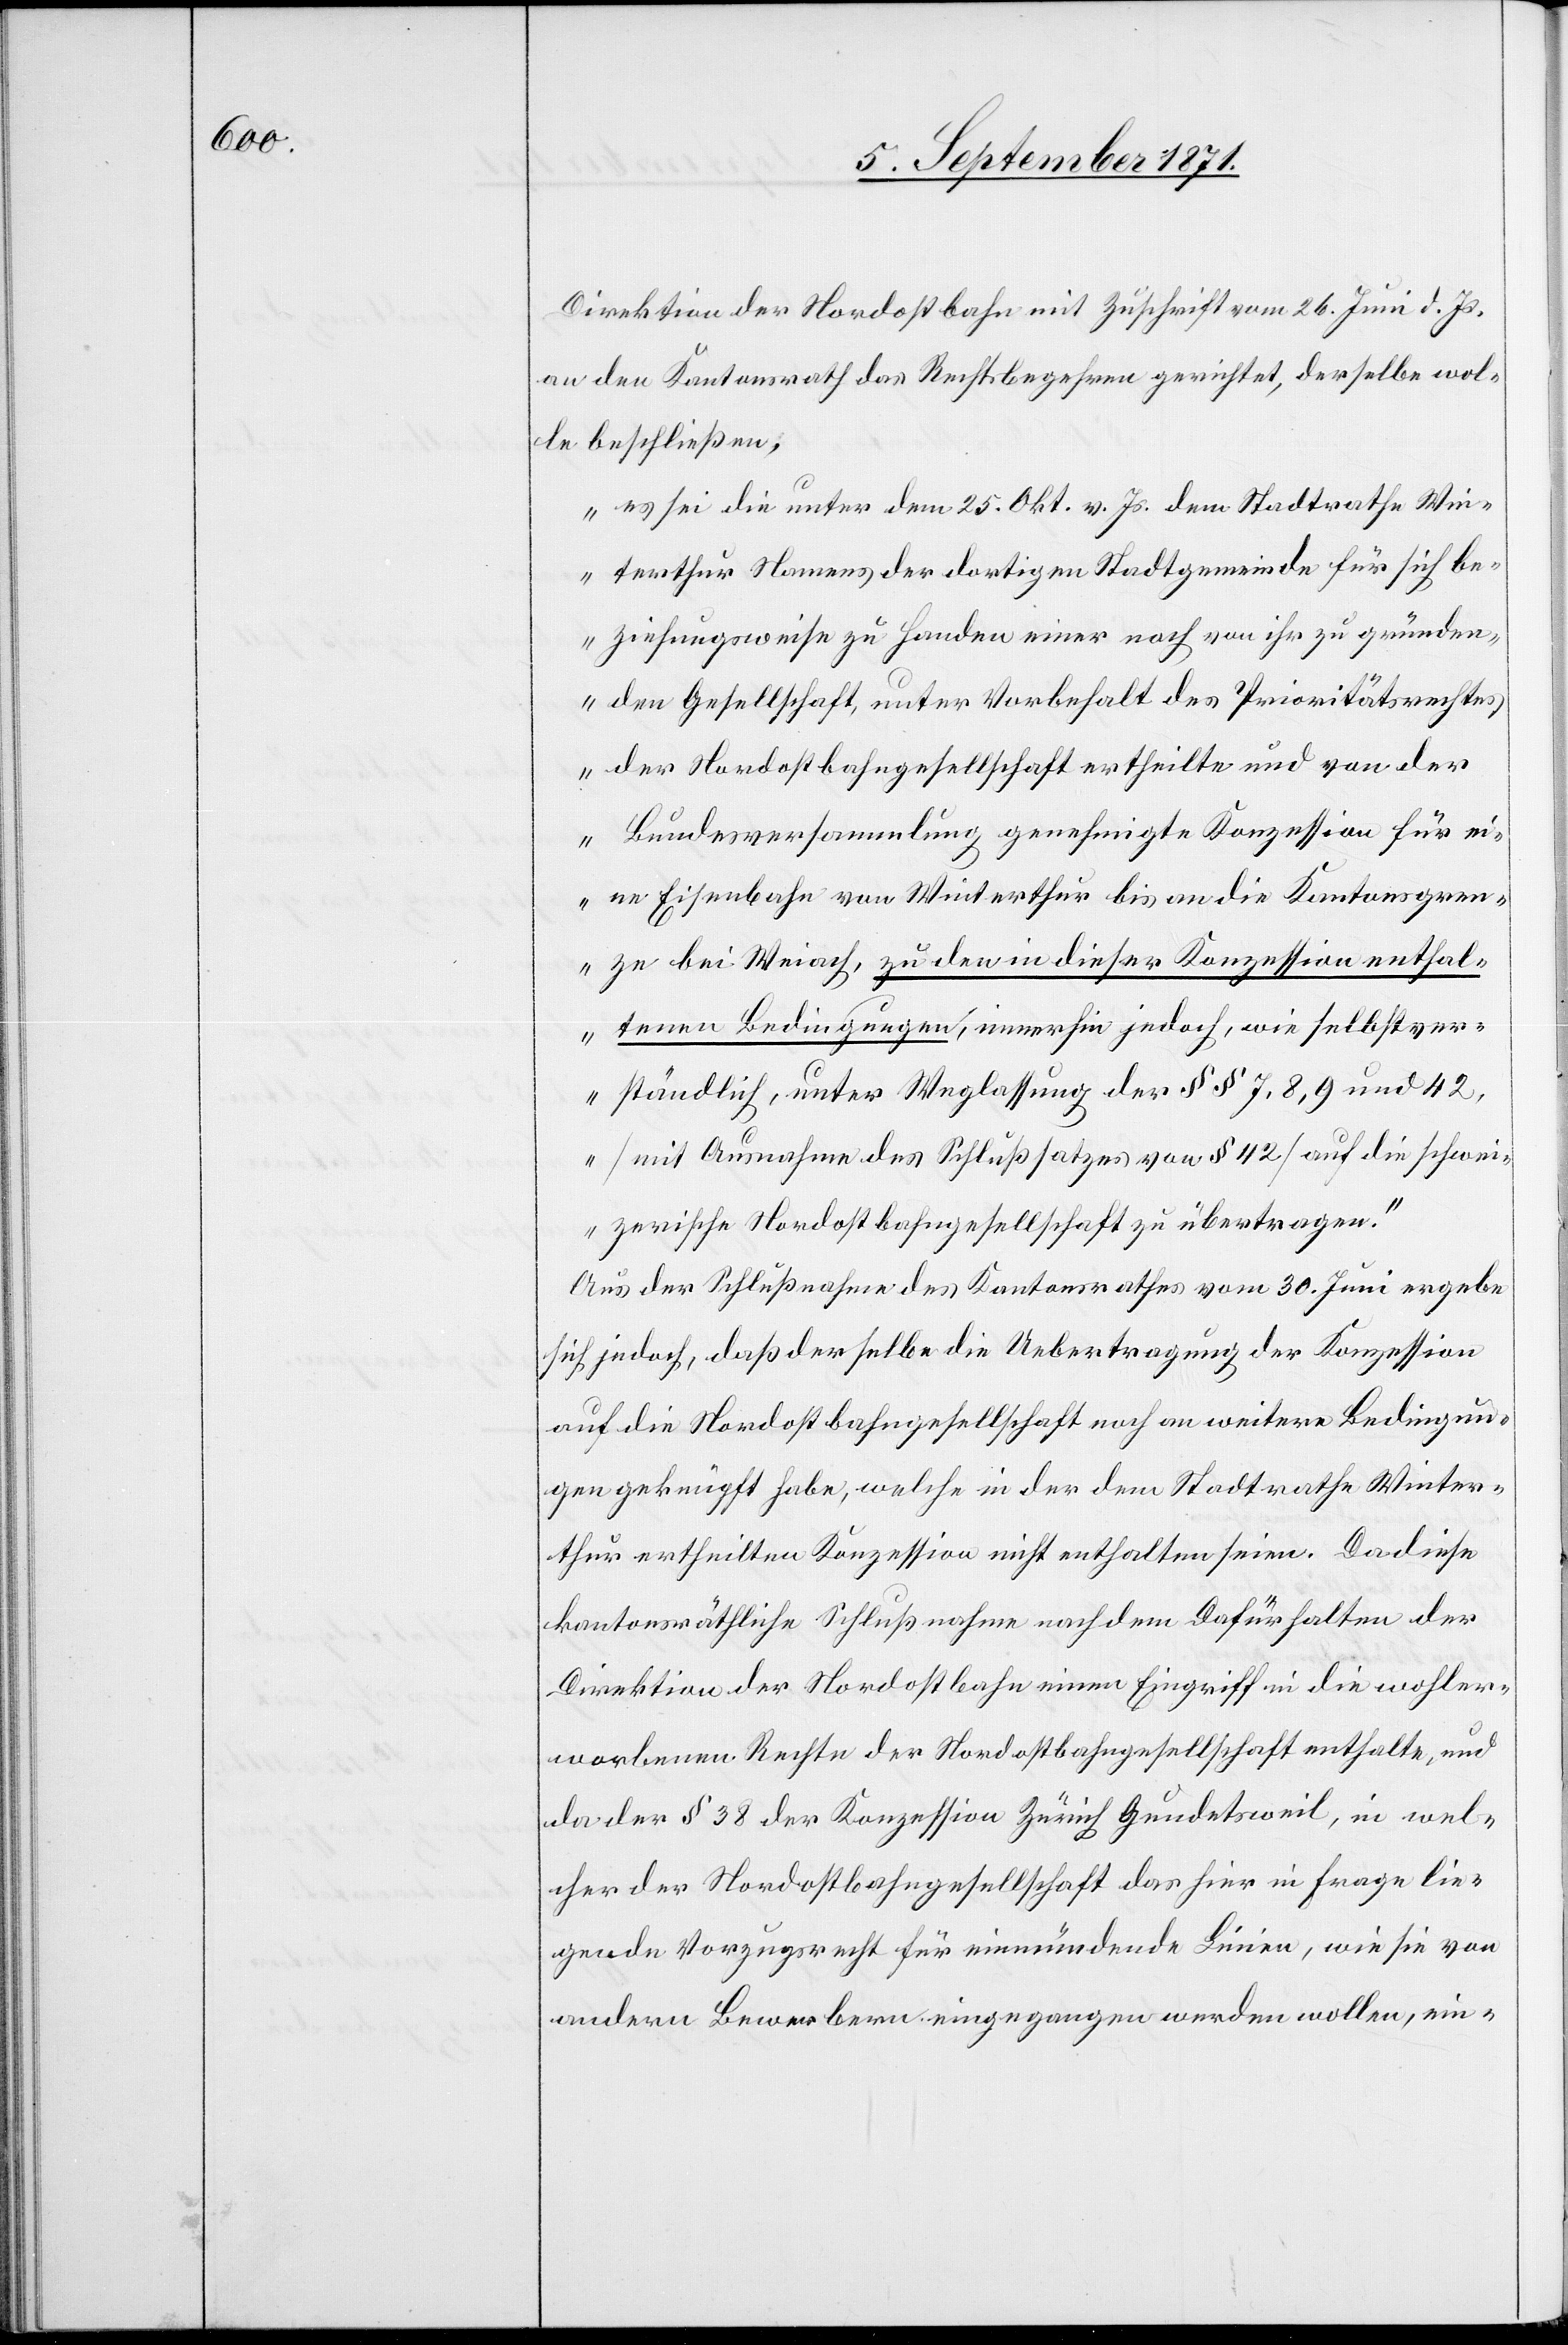
Direktion der Nordostbahn mit Zuschrift vom 26. Juni d. Js.
an den Kantonsrath das Rechtsbegehren gerichtet, derselbe wol¬
le beschließen,
„es sei die unter dem 25. Okt. v. Js. dem Stadtrathe Win¬
terthur Namens der dortigen Stadtgemeinde für sich be¬
ziehungsweise zu Handen einer noch von ihr zu gründen¬
den Gesellschaft, unter Vorbehalt das Prioritätsrechtes,
der Nordostbahngesellschaft ertheilte und von der
Bundesversammlung genehmigte Konzession für ei¬
ne Eisenbahn von Winterthur bis an die Kantonsgren¬
ze bei Weiach, zu den in dieser Konzession enthal¬
tenen Bedingungen, immerhin jedoch, wie selbstver¬
ständlich, unter Weglassung der §§ 7, 8, 9 und 42,
[mit Ausnahme des Schlußsatzes von § 42] auf die schwei¬
zerische Nordostbahngesellschaft zu übertragen.“
Aus der Schlußname des Kantonsrathes vom 30. Juni ergebe
sich jedoch, daß derselbe die Uebertragung der Konzession
auf die Nordostbahngesellschaft noch an weitere Bedingun¬
gen geknüpft habe, welche in der dem Stadtrathe Winter¬
thur ertheilten Konzession nicht enthalten seien. Da diese
kantonsräthliche Schlußnahme nach dem Dafürhalten der
Direktion der Nordostbahn einen Eingriff in die wohler¬
worbenen Rechte der Nordostbahngesellschaft enthalte, und
da der § 38 der Konzession Zürich Gundetsweil, in wel¬
cher der Nordostbahngesellschaft das hier in Frage lie¬
gende Vorzugsrecht für einmündende Linien, wie sie von
andern Bewerbern eingegangen werden wollen, ein-